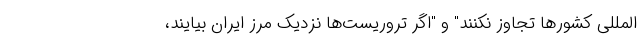
المللی کشورها تجاوز نکنند" و "اگر تروریست‌ها نزدیک مرز ایران بیایند،